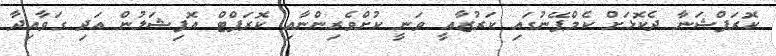
ކޮރަޕްޝަނާ ދެކޮޅަށް ކެމްޕޭނުގައި ކަރުޒާއީ ވަނީ ކުށްވެރިންނާއި ކޮރަޕްޓް އޮފިޝަލުން އަދި ގަވާއިދާ